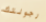
رجولتك